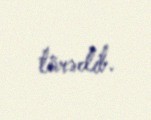
törədib.